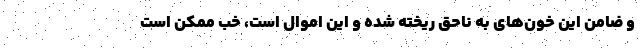
و ضامن این خون‌های به ناحق ریخته شده و این اموال است، خب ممکن است